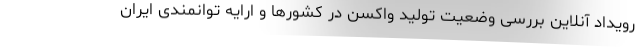
رویداد آنلاین بررسی وضعیت تولید واکسن در کشورها و ارایه توانمندی ایران